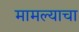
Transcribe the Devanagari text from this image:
मामल्याचा